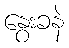
နွေးခနဲ